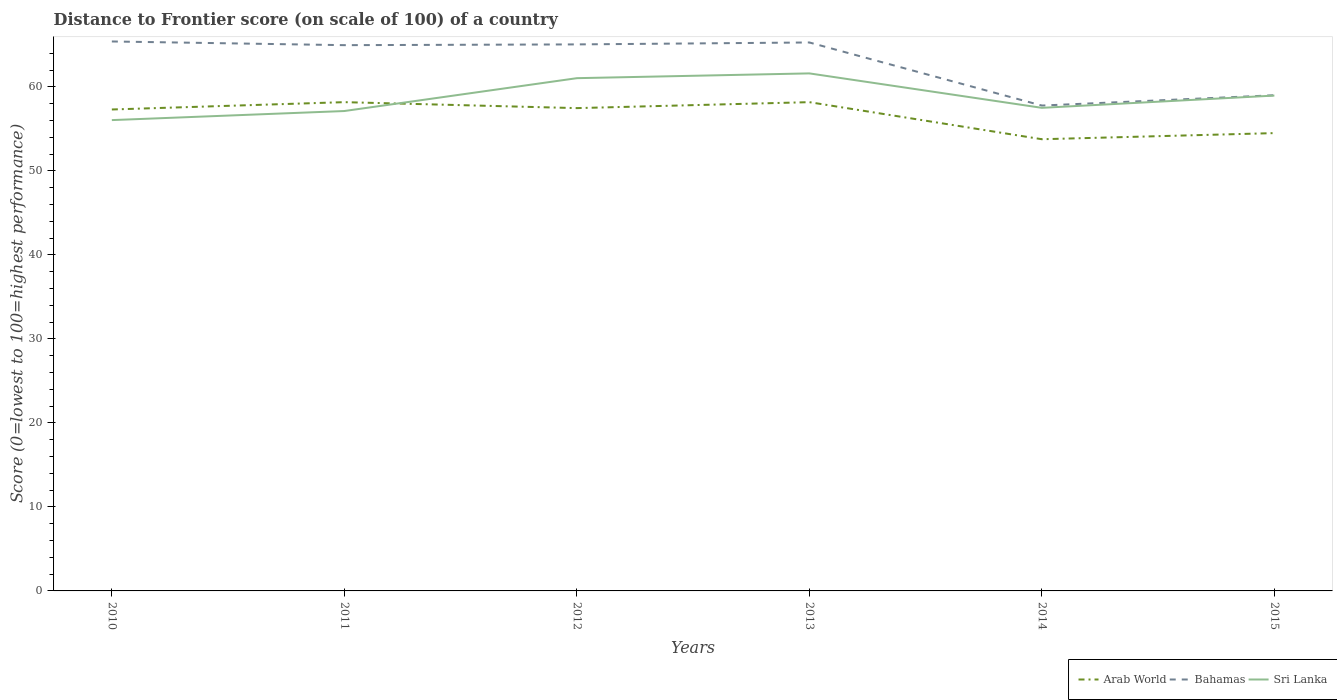
| Years | Arab World | Bahamas | Sri Lanka |
 | --- | --- | --- | --- |
 | 2010 | 57.3 | 65.4 | 56 |
 | 2011 | 58.2 | 65 | 57.1 |
 | 2012 | 57.5 | 65 | 61 |
 | 2013 | 58.2 | 65.3 | 61.6 |
 | 2014 | 53.8 | 57.8 | 57.5 |
 | 2015 | 54.5 | 59 | 59 |